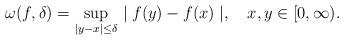
LaTeX: \begin{align*}\omega(f,\delta)=\sup_{\mid y-x \mid \leq \delta} \mid f(y)-f(x) \mid,~~~x,y \in [0,\infty).\end{align*}